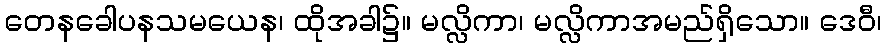
တေနခေါပနသမယေန၊ ထိုအခါ၌။ မလ္လိကာ၊ မလ္လိကာအမည်ရှိသော။ ဒေဝီ၊